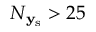
N _ { \mathbf { y } _ { \mathrm { s } } } > 2 5